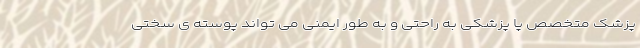
پزشک متخصص پا پزشکی به راحتی و به طور ایمنی می تواند پوسته ی سختی